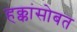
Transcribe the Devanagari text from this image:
हक्कांसोबत